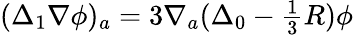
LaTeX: (\Delta_{1}\nabla\phi)_{a}=3\nabla_{a}(\Delta_{0}-{\textstyle\frac{1}{3}}R)\phi